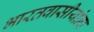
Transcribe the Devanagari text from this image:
भारतवासीयांना